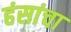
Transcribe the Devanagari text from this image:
हंसांचा